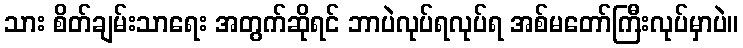
သား စိတ်ချမ်းသာရေး အတွက်ဆိုရင် ဘာပဲလုပ်ရလုပ်ရ အစ်မတော်ကြီးလုပ်မှာပဲ။